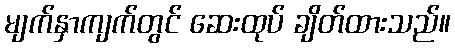
မျက်နှာကျက်တွင် ဆေးထုပ် ချိတ်ထားသည်။